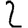
Digit: 2